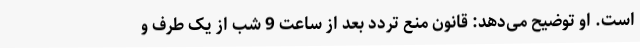
است. او توضیح می‌دهد: قانون منع تردد بعد از ساعت 9 شب از یک طرف و